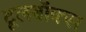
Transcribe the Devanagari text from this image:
टूलबॉक्स